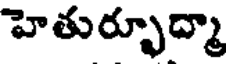
హెతుర్భూద్మా